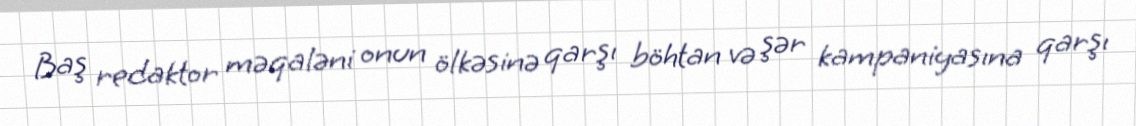
Baş redaktor məqaləni onun ölkəsinə qarşı böhtan və şər kampaniyasına qarşı